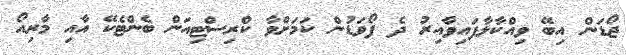
ޖޯޑަން އިބޭ ވިއްކާލާފައިވާއިރު ދެ ފޯވަޑުން ކަމަށްވާ ކްރިސްޓިއަން ބެންޓެކޭ އާއި މާރިއޯ